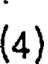
(4)